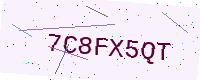
Text: 7C8FX5QT